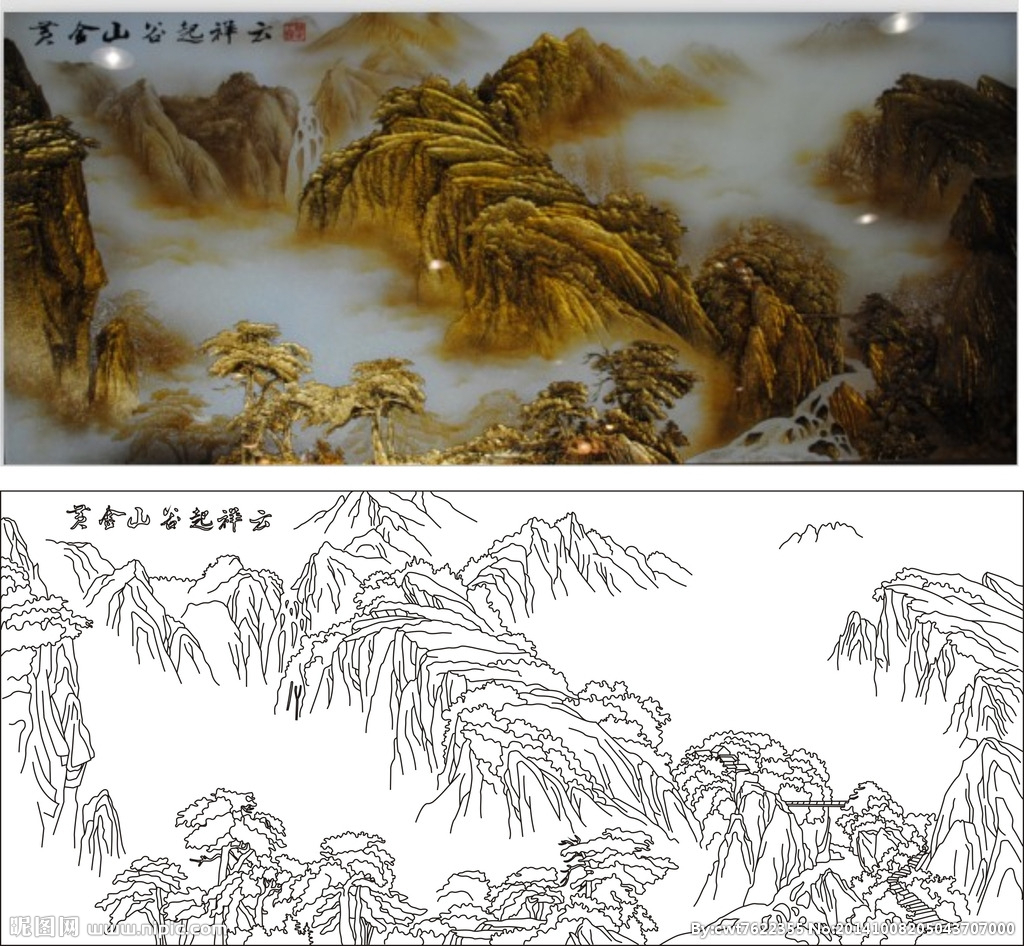
白马黄金塞，云砂绕梦思。